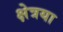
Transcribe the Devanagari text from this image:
क्षेत्रया